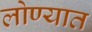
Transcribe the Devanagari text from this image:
लोण्यात